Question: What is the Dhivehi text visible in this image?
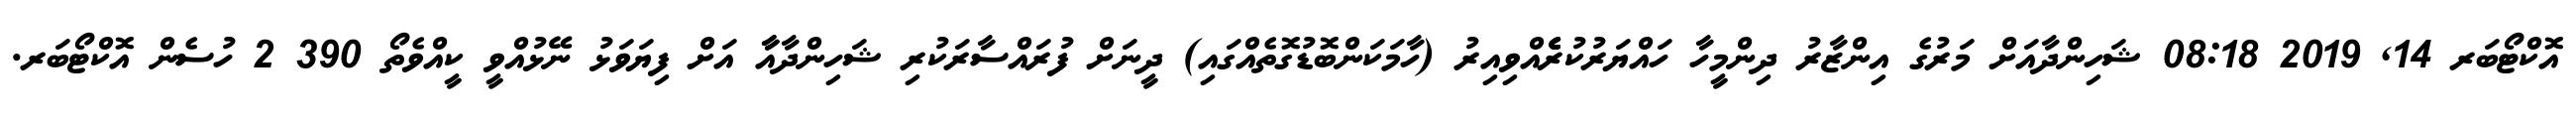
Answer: އޮކްޓޯބަރ 14, 2019 08:18 ޝަހިންދާއަށް މަރުގެ އިންޒާރު ދިންމީހާ ހައްޔަރުކުރެެެެެއްވިއިރު (ހާމަކަންބޮޑުގޮތެއްގައި) ދީނަށް ފުރައްސާރަކުރި ޝަހިންދާއާާ އަށް ފިޔަވަޅު ނޭޅުއްވީ ކީއްވެތޯ 390 2 ހުސެން އޮކްޓޯބަރ.